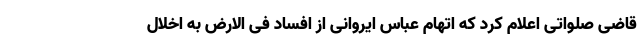
قاضی صلواتی اعلام کرد که اتهام عباس ایروانی از افساد فی الارض به اخلال